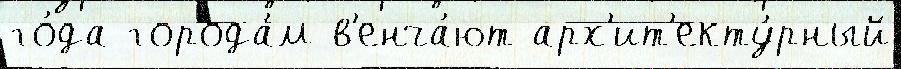
го́да города́м в'енча́ют арх'ит'екту́рный